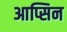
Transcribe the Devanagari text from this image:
आप्सिन